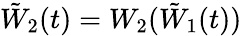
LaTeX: \tilde{W}_{2}(t)=W_{2}(\tilde{W}_{1}(t))